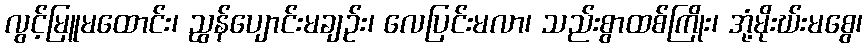
လွင့်မြူမထောင်း၊ ညွန်ပျောင်းမချဉ်း၊ လေပြင်းမလာ၊ သည်းစွာထစ်ကြိုး၊ အုံ့မိုးဃ်းမစွေ၊